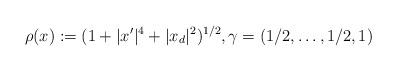
LaTeX: \begin{align*}\rho(x):=(1+|x'|^4+|x_d|^2)^{1/2},\gamma=(1/2,\ldots,1/2,1)\end{align*}